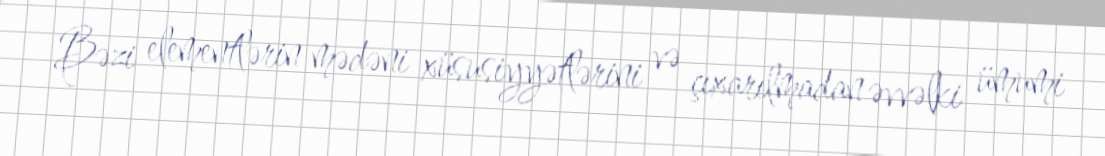
Bəzi elementlərin mədəni xüsusiyyətlərini və çıxarılmadan əvvəlki ümumi